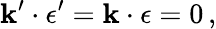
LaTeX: \mathbf{k}^{\prime}\cdot\epsilon^{\prime}=\mathbf{k}\cdot\epsilon=0\, ,